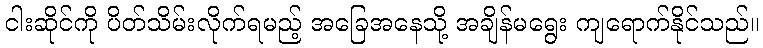
ငါးဆိုင်ကို ပိတ်သိမ်းလိုက်ရမည့် အခြေအနေသို့ အချိန်မရွေး ကျရောက်နိုင်သည်။